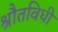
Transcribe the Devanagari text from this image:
श्रौतविधी